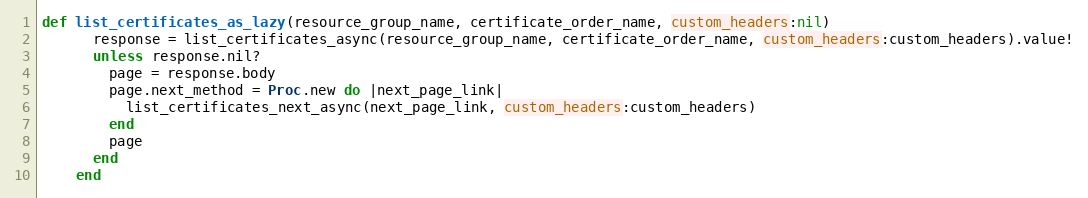
Language: Ruby
def list_certificates_as_lazy(resource_group_name, certificate_order_name, custom_headers:nil)
      response = list_certificates_async(resource_group_name, certificate_order_name, custom_headers:custom_headers).value!
      unless response.nil?
        page = response.body
        page.next_method = Proc.new do |next_page_link|
          list_certificates_next_async(next_page_link, custom_headers:custom_headers)
        end
        page
      end
    end